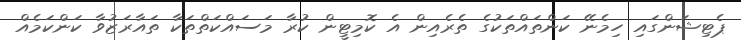
ޕެޓިޝަންގައި ހިމެނޭ ކަންތައްތަކުގެ ތެރެއިން އެ ކޮމިޓީން ކުރާ މަސައްކަތްތަކާ ތައާރަޒުވާ ކަންކަމެއް